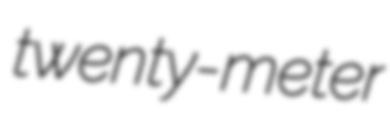
twenty-meter